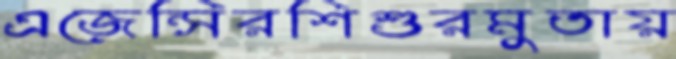
এজেন্সিরশিশুরমুতায়